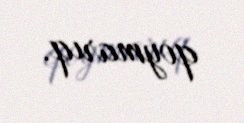
qoymarıq.